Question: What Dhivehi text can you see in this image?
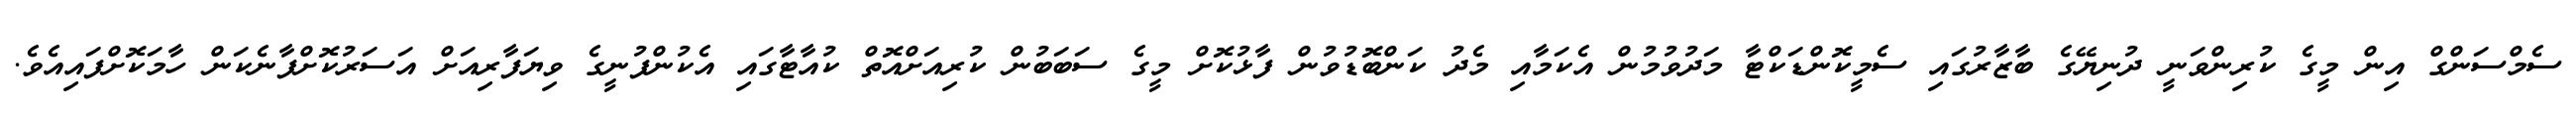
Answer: ސެމްސަންގް އިން މީގެ ކުރިންވަނީ ދުނިޔޭގެ ބާޒާރުގައި ސެމީކޮންޑަކްޓާ މަދުވުމުން އެކަމާއި މެދު ކަންބޮޑުވުން ފާޅުކޮށް މީގެ ސަބަބުން ކުރިއަށްއޮތް ކުއާޓާގައި އެކުންފުނީގެ ވިޔަފާރިއަށް އަސަރުކޮށްފާނެކަން ހާމަކޮށްފައިއެވެ.